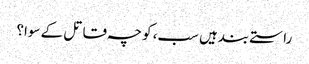
راستے بندہیں سب، کوچہ قاتل کے سوا؟